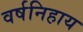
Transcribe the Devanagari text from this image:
वर्षनिहाय